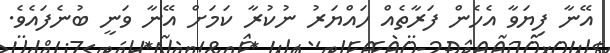
އޭނާ ފިޔަވާ އެހެން ފަރާތެއް ހައްޔަރު ނުކުރާ ކަމަށް އޭނާ ވަނީ ބުނެފައެވެ.